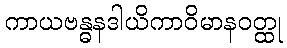
ကာယဗန္ဓနဒါယိကာဝိမာနဝတ္ထု